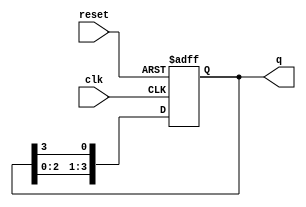
module bistable_ring_counter (
    input wire clk,          // Clock input
    input wire reset,        // Asynchronous reset input
    output reg [N-1:0] q     // Output state of the counter
);
    parameter N = 4;         // Number of flip-flops in the ring counter

    // Initial state
    initial begin
        q = 1'b1;            // Set the first flip-flop high
    end

    always @(posedge clk or posedge reset) begin
        if (reset) begin
            q <= 1'b1;       // Reset to initial state
        end else begin
            // Shift the high state to the next flip-flop
            q <= {q[N-2:0], q[N-1]}; // Shift left and wrap around
            q[0] <= q[N-1]; // The last flip-flop feeds back to the first
        end
    end
endmodule